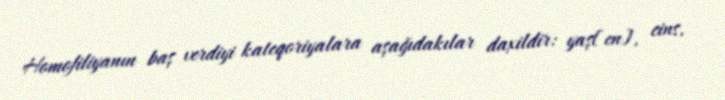
Homofiliyanın baş verdiyi kateqoriyalara aşağıdakılar daxildir: yaş[en], cins,